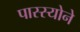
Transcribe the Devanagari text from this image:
पास्स्योने